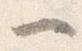
一